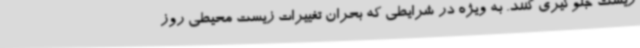
زیست جلوگیری کنند. به ویژه در شرایطی که بحران تغییرات زیست محیطی روز